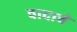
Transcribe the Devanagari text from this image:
वादाचें